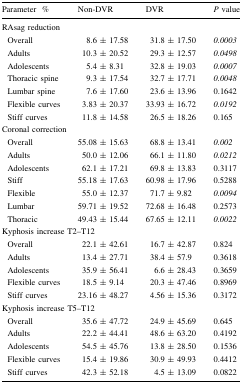
<table><thead><tr><td><b>Parameter%</b></td><td><b>Non-DVR</b></td><td><b>DVR</b></td><td><b><i>P</i> value</b></td></tr></thead><tbody><tr><td colspan="4">RAsag reduction</td></tr><tr><td> Overall</td><td>8.6 ± 17.58</td><td>31.8 ± 17.50</td><td><i>0.0003</i></td></tr><tr><td> Adults</td><td>10.3 ± 20.52</td><td>29.3 ± 12.57</td><td><i>0.0498</i></td></tr><tr><td> Adolescents</td><td>5.4 ± 8.31</td><td>32.8 ± 19.03</td><td><i>0.0007</i></td></tr><tr><td> Thoracic spine</td><td>9.3 ± 17.54</td><td>32.7 ± 17.71</td><td><i>0.0048</i></td></tr><tr><td> Lumbar spine</td><td>7.6 ± 17.60</td><td>23.6 ± 13.96</td><td>0.1642</td></tr><tr><td> Flexible curves</td><td>3.83 ± 20.37</td><td>33.93 ± 16.72</td><td><i>0.0192</i></td></tr><tr><td> Stiff curves</td><td>11.8 ± 14.58</td><td>26.5 ± 18.26</td><td>0.165</td></tr><tr><td colspan="4">Coronal correction</td></tr><tr><td> Overall</td><td>55.08 ± 15.63</td><td>68.8 ± 13.41</td><td><i>0.002</i></td></tr><tr><td> Adults</td><td>50.0 ± 12.06</td><td>66.1 ± 11.80</td><td><i>0.0212</i></td></tr><tr><td> Adolescents</td><td>62.1 ± 17.21</td><td>69.8 ± 13.83</td><td>0.3117</td></tr><tr><td> Stiff</td><td>55.18 ± 17.63</td><td>60.98 ± 17.96</td><td>0.5288</td></tr><tr><td> Flexible</td><td>55.0 ± 12.37</td><td>71.7 ± 9.82</td><td><i>0.0094</i></td></tr><tr><td> Lumbar</td><td>59.71 ± 19.52</td><td>72.68 ± 16.48</td><td>0.2573</td></tr><tr><td> Thoracic</td><td>49.43 ± 15.44</td><td>67.65 ± 12.11</td><td><i>0.0022</i></td></tr><tr><td colspan="4">Kyphosis increase T2–T12</td></tr><tr><td> Overall</td><td>22.1 ± 42.61</td><td>16.7 ± 42.87</td><td>0.824</td></tr><tr><td> Adults</td><td>13.4 ± 27.71</td><td>38.4 ± 57.9</td><td>0.3618</td></tr><tr><td> Adolescents</td><td>35.9 ± 56.41</td><td>6.6 ± 28.43</td><td>0.3659</td></tr><tr><td> Flexible curves</td><td>18.5 ± 9.14</td><td>20.3 ± 47.46</td><td>0.8969</td></tr><tr><td> Stiff curves</td><td>23.16 ± 48.27</td><td>4.56 ± 15.36</td><td>0.3172</td></tr><tr><td colspan="4">Kyphosis increase T5–T12</td></tr><tr><td> Overall</td><td>35.6 ± 47.72</td><td>24.9 ± 45.69</td><td>0.645</td></tr><tr><td> Adults</td><td>22.2 ± 44.41</td><td>48.6 ± 63.20</td><td>0.4192</td></tr><tr><td> Adolescents</td><td>54.5 ± 45.76</td><td>13.8 ± 28.50</td><td>0.1536</td></tr><tr><td> Flexible curves</td><td>15.4 ± 19.86</td><td>30.9 ± 49.93</td><td>0.4412</td></tr><tr><td> Stiff curves</td><td>42.3 ± 52.18</td><td>4.5 ± 13.09</td><td>0.0822</td></tr></tbody></table>